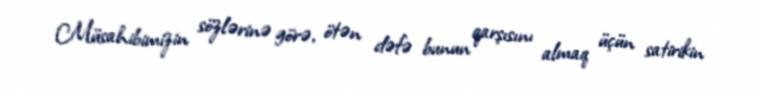
Müsahibimizin sözlərinə görə, ötən dəfə bunun qarşısını almaq üçün satirikin